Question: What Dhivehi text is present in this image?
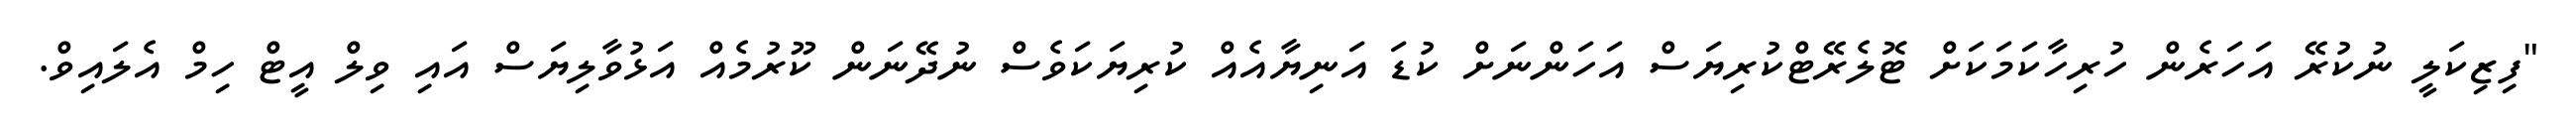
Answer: "ފިޒިކަލީ ނުކުރޭ އަހަރެން ހުރިހާކަމަކަށް ޓޮލެރޭޓްކުރިޔަސް އަހަންނަށް ކުޑަ އަނިޔާއެއް ކުރިޔަކަވެސް ނުދޭނަން ކޫރުމެއް އަޅުވާލިޔަސް އައި ވިލް އީޓް ހިމް އެލައިވް.